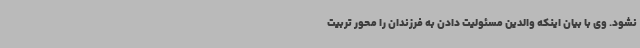
نشود. وی با بیان اینکه والدین مسئولیت دادن به فرزندان را محور تربیت